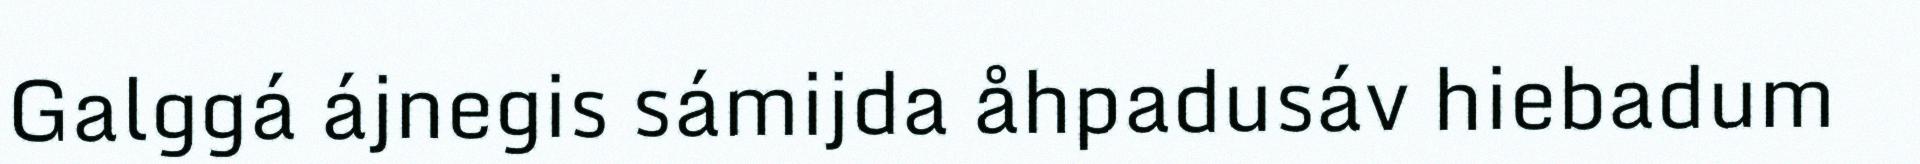
Galggá ájnegis sámijda åhpadusáv hiebadum